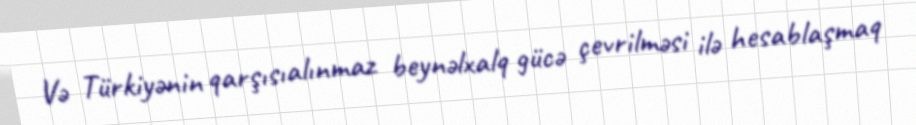
Və Türkiyənin qarşısıalınmaz beynəlxalq gücə çevrilməsi ilə hesablaşmaq